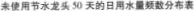
未使用节水龙头50天的日用水量频数分布表